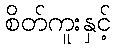
စိတ်ကူးနှင့်